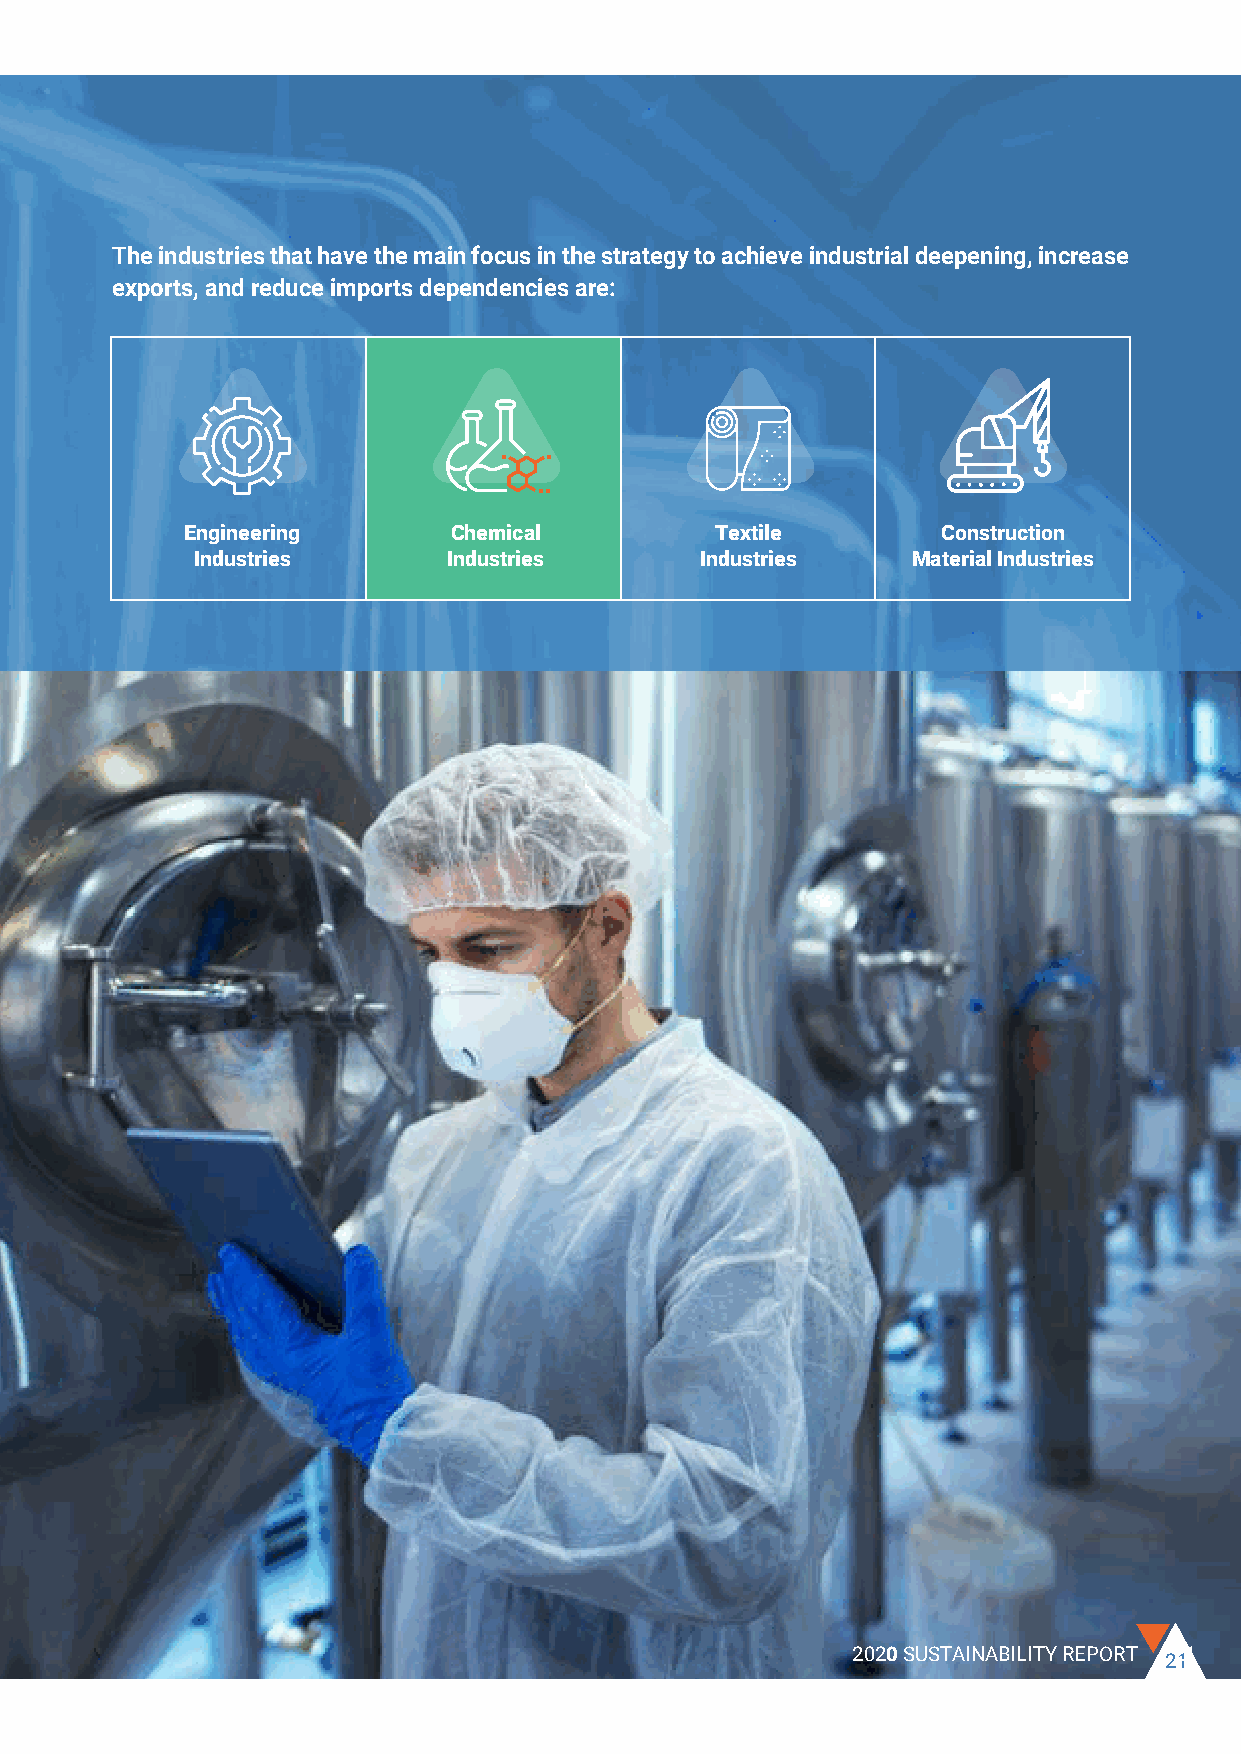
Mapping Our Efforts with Ministry The industries that have the main focus in the strategy to achieve industrial deepening, increase
 exports, and reduce imports dependencies are:
 of Trade and Industry
 MTI Strategic Vision
 In line with the National Sustainable Development
 Agenda, the industrial sector is a corner stone in
 Industrial
 the Egyptian economy as it accounts for almost 32%
 Development on average of the National Gross Domestic Product
 Engineering       Chemical         Textile        Construction
 (GDP). The contribution of the non-oil transformative
 is           Industries       Industries      Industries    Material Industries
 industries sector is around 13% on average to the GDP2.
 “The engine of The Ministry of Trade and Industry its strategy (Fostering
 Industrial Development and Foreign Trade 2016-2020)
 sustainable, inclusive
 setting a strategic vision and future policies towards the
 and economic growth in Egypt.
 development of industrial and trade policies based on
 It meets local demand and
 two main directives: First, the growth and development
 supports export growth to make
 of the industrial sector as a key pillar of economic and
 Egypt an effective player in the
 social development. Second, the pivotal role played as a
 International market and able to main driver in supporting Egypt’s export capacities and
 accommodate the changes in the reducing dependence on imports. Hence, a unified vision
 global economy”. was created to develop both the industrial and commercial
 sectors; one that is characterized by integration, flexibility,
 and consistency with Egypt’s Vision 2030.
 The Strategy incorporates the economic, social, and geographic dimensions. It is structured to serve three
 main objectives, Economic Diversity, Economic Complexity, and Comprehensive Development. Hence.
 1 2 3
 Governorates that have Governorates that have Governorates that need
 Economic Diversity Economic Complexity Comprehensive Development
 policies will be geared toward policies will be geared toward policies will be geared toward
 industrial deepening and diversifying the industrial base Improve infrastructure, invest in
 boosting value chain. and encourage exploring human capital, and focus on
 new venues. industries that has
 competitive advantage.
 1Source: ministry of planning and industrial development data, ﺞﺗﺎﻧﻟا ﻲﻠﺣﻣﻟا ﻲﻟﺎﻣﺟﻹا (mped.gov.eg)
 2Source: ministry of planning and industrial development data, ﺞﺗﺎﻧﻟا ﻲﻠﺣﻣﻟا ﻲﻟﺎﻣﺟﻹا (mped.gov.eg)
 20 TCI SANMAR CHEMICALS S.A.E                           2020SUSTAINABILITY REPORT 22 11